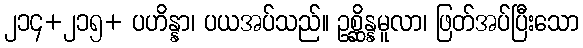
၂၁၄+၂၁၅+ ပဟိန္နာ၊ ပယအပ်သည်။ ဥစ္ဆိန္နမူလာ၊ ဖြတ်အပ်ပြီးသော